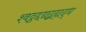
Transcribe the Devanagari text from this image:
श्वठ्ठद्दद्यद्बह्यद्ध